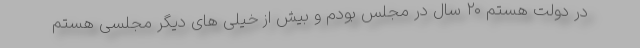
در دولت هستم ۲۰ سال در مجلس بودم و بیش از خیلی های دیگر مجلسی هستم